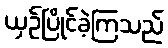
ယှဉ်ပြိုင်ခဲ့ကြသည်